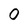
Character: 0